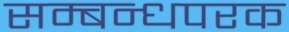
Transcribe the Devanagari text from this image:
सम्बन्धपरक